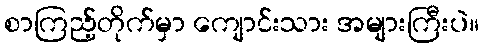
စာကြည့်တိုက်မှာ ကျောင်းသား အများကြီးပဲ။